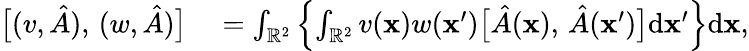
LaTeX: \begin{array}{rl}{\bigl[(v,\hat{A}),\, (w,\hat{A})\bigr]}&{{}=\int_{\mathbb{R}^{2}}\left\{ \int_{\mathbb{R}^{2}}v(\mathbf{x})w(\mathbf{x}^{\prime})\bigl[\hat{A}(\mathbf{x}),\, \hat{A}(\mathbf{x}^{\prime})\bigr]\mathrm{d}\mathbf{x}^{\prime}\right\} \mathrm{d}\mathbf{x},}\end{array}